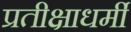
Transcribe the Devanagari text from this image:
प्रतीक्षाधर्मी